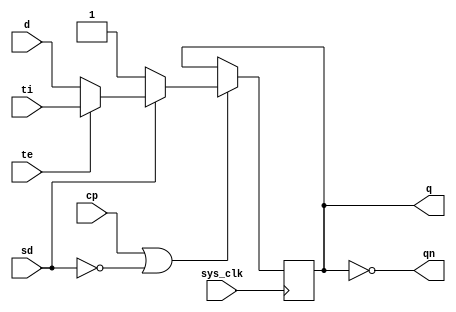
module fd4e
(
	output	q,
	output	qn,
	input		d,
	input		cp,
	input		sd,
	input		ti,
	input		te,
	input		sys_clk
);

reg	fd_data = 1'b1;

assign q = fd_data;
assign qn = ~fd_data;

// always @(posedge cp or negedge sd)
always @(posedge sys_clk)
begin
	if (cp | (~sd)) begin
		if (~sd) begin
			fd_data <= 1'b1;
		end else begin
			if (~te) begin
				fd_data <= d;
			end else begin
				fd_data <= ti;
			end
		end
	end
end

endmodule